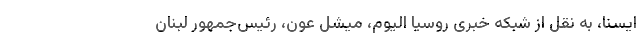
ایسنا، به نقل از شبکه خبری روسیا الیوم، میشل عون، رئیس‌جمهور لبنان